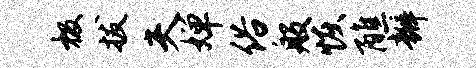
极拔夫婵俗般恢醮瓣